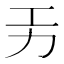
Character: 𭄟